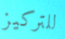
للتركيز